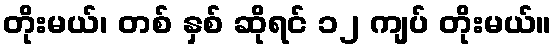
တိုးမယ်၊ တစ် နှစ် ဆိုရင် ၁၂ ကျပ် တိုးမယ်။